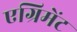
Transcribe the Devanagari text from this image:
एग्रिमेंट